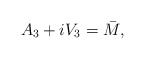
\begin{align*}A_3 + i V_3 = \bar{M},\end{align*}